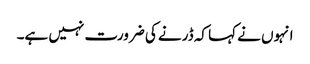
انہوں نے کہا کہ ڈرنے کی ضرورت نہیں ہے۔